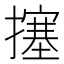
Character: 㩙